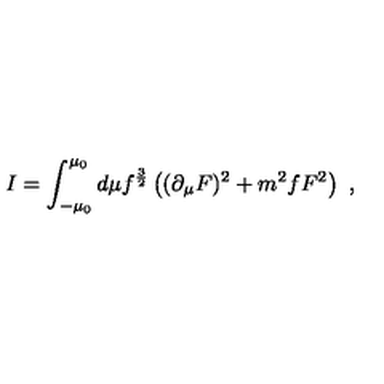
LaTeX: I = \int _ { - \mu _ { 0 } } ^ { \mu _ { 0 } } d \mu f ^ { { \frac { 3 } { 2 } } } \left( ( \partial _ { \mu } F ) ^ { 2 } + { m ^ { 2 } f } F ^ { 2 } \right) \ ,